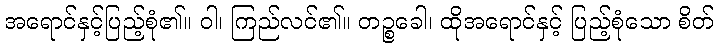
အရောင်နှင့်ပြည့်စုံ၏။ ဝါ၊ ကြည်လင်၏။ တဉ္စခေါ၊ ထိုအရောင်နှင့် ပြည့်စုံသော စိတ်